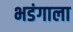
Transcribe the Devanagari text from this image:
भडंगाला